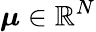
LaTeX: \boldsymbol{\mu}\in{\mathbb R}^{N}